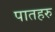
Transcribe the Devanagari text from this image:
पातहरु